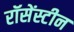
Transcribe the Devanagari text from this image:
रॉसेंस्टीन